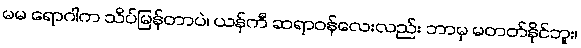
မမ ရောဂါက သိပ်မြန်တာပဲ၊ ယန်ကီ ဆရာဝန်လေးလည်း ဘာမှ မတတ်နိုင်ဘူး၊